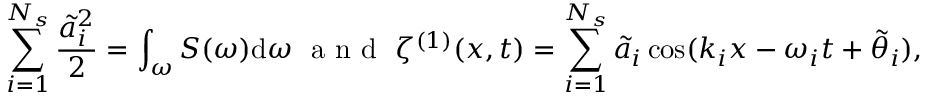
\sum _ { i = 1 } ^ { N _ { s } } \frac { \tilde { a } _ { i } ^ { 2 } } { 2 } = \int _ { \omega } S ( \omega ) \mathrm { d } \omega ~ \mathrm { ~ a ~ n ~ d ~ } ~ \zeta ^ { ( 1 ) } ( x , t ) = \sum _ { i = 1 } ^ { N _ { s } } \tilde { a } _ { i } \cos ( k _ { i } x - \omega _ { i } t + \tilde { \theta } _ { i } ) ,